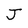
Character: J